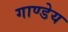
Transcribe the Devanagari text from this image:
गाण्डेय